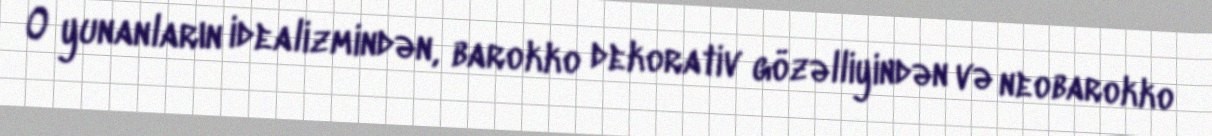
O yunanların idealizmindən, barokko dekorativ gözəlliyindən və neobarokko